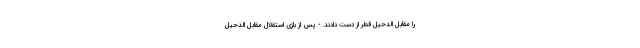
را مقابل الدحیل قطر از دست دادند. - پس از بازی استقلال مقابل الدحیل